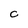
Character: C